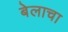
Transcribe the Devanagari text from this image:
बेलाचा